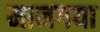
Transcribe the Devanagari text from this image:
मानगया